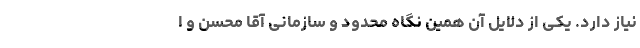
نیاز دارد. یکی از دلایل آن همین نگاه محدود و سازمانی آقا محسن و ا